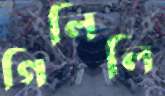
গিলিলি